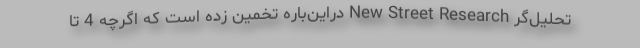
تحلیل‌گر New Street Research دراین‌باره تخمین زده است که اگرچه 4 تا